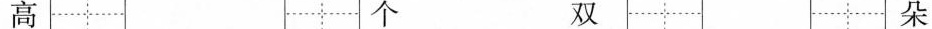
高 个 双 朵